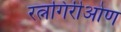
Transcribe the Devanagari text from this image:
रत्नगिरीओण